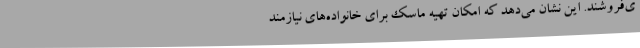
ی‌فروشند. این نشان می‌دهد که امکان تهیه ماسک برای خانواده‌های نیازمند